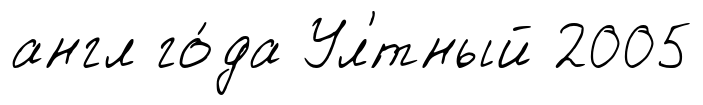
англ го́да Ул'́тный 2005